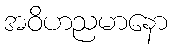
အဝိဟညမာနော